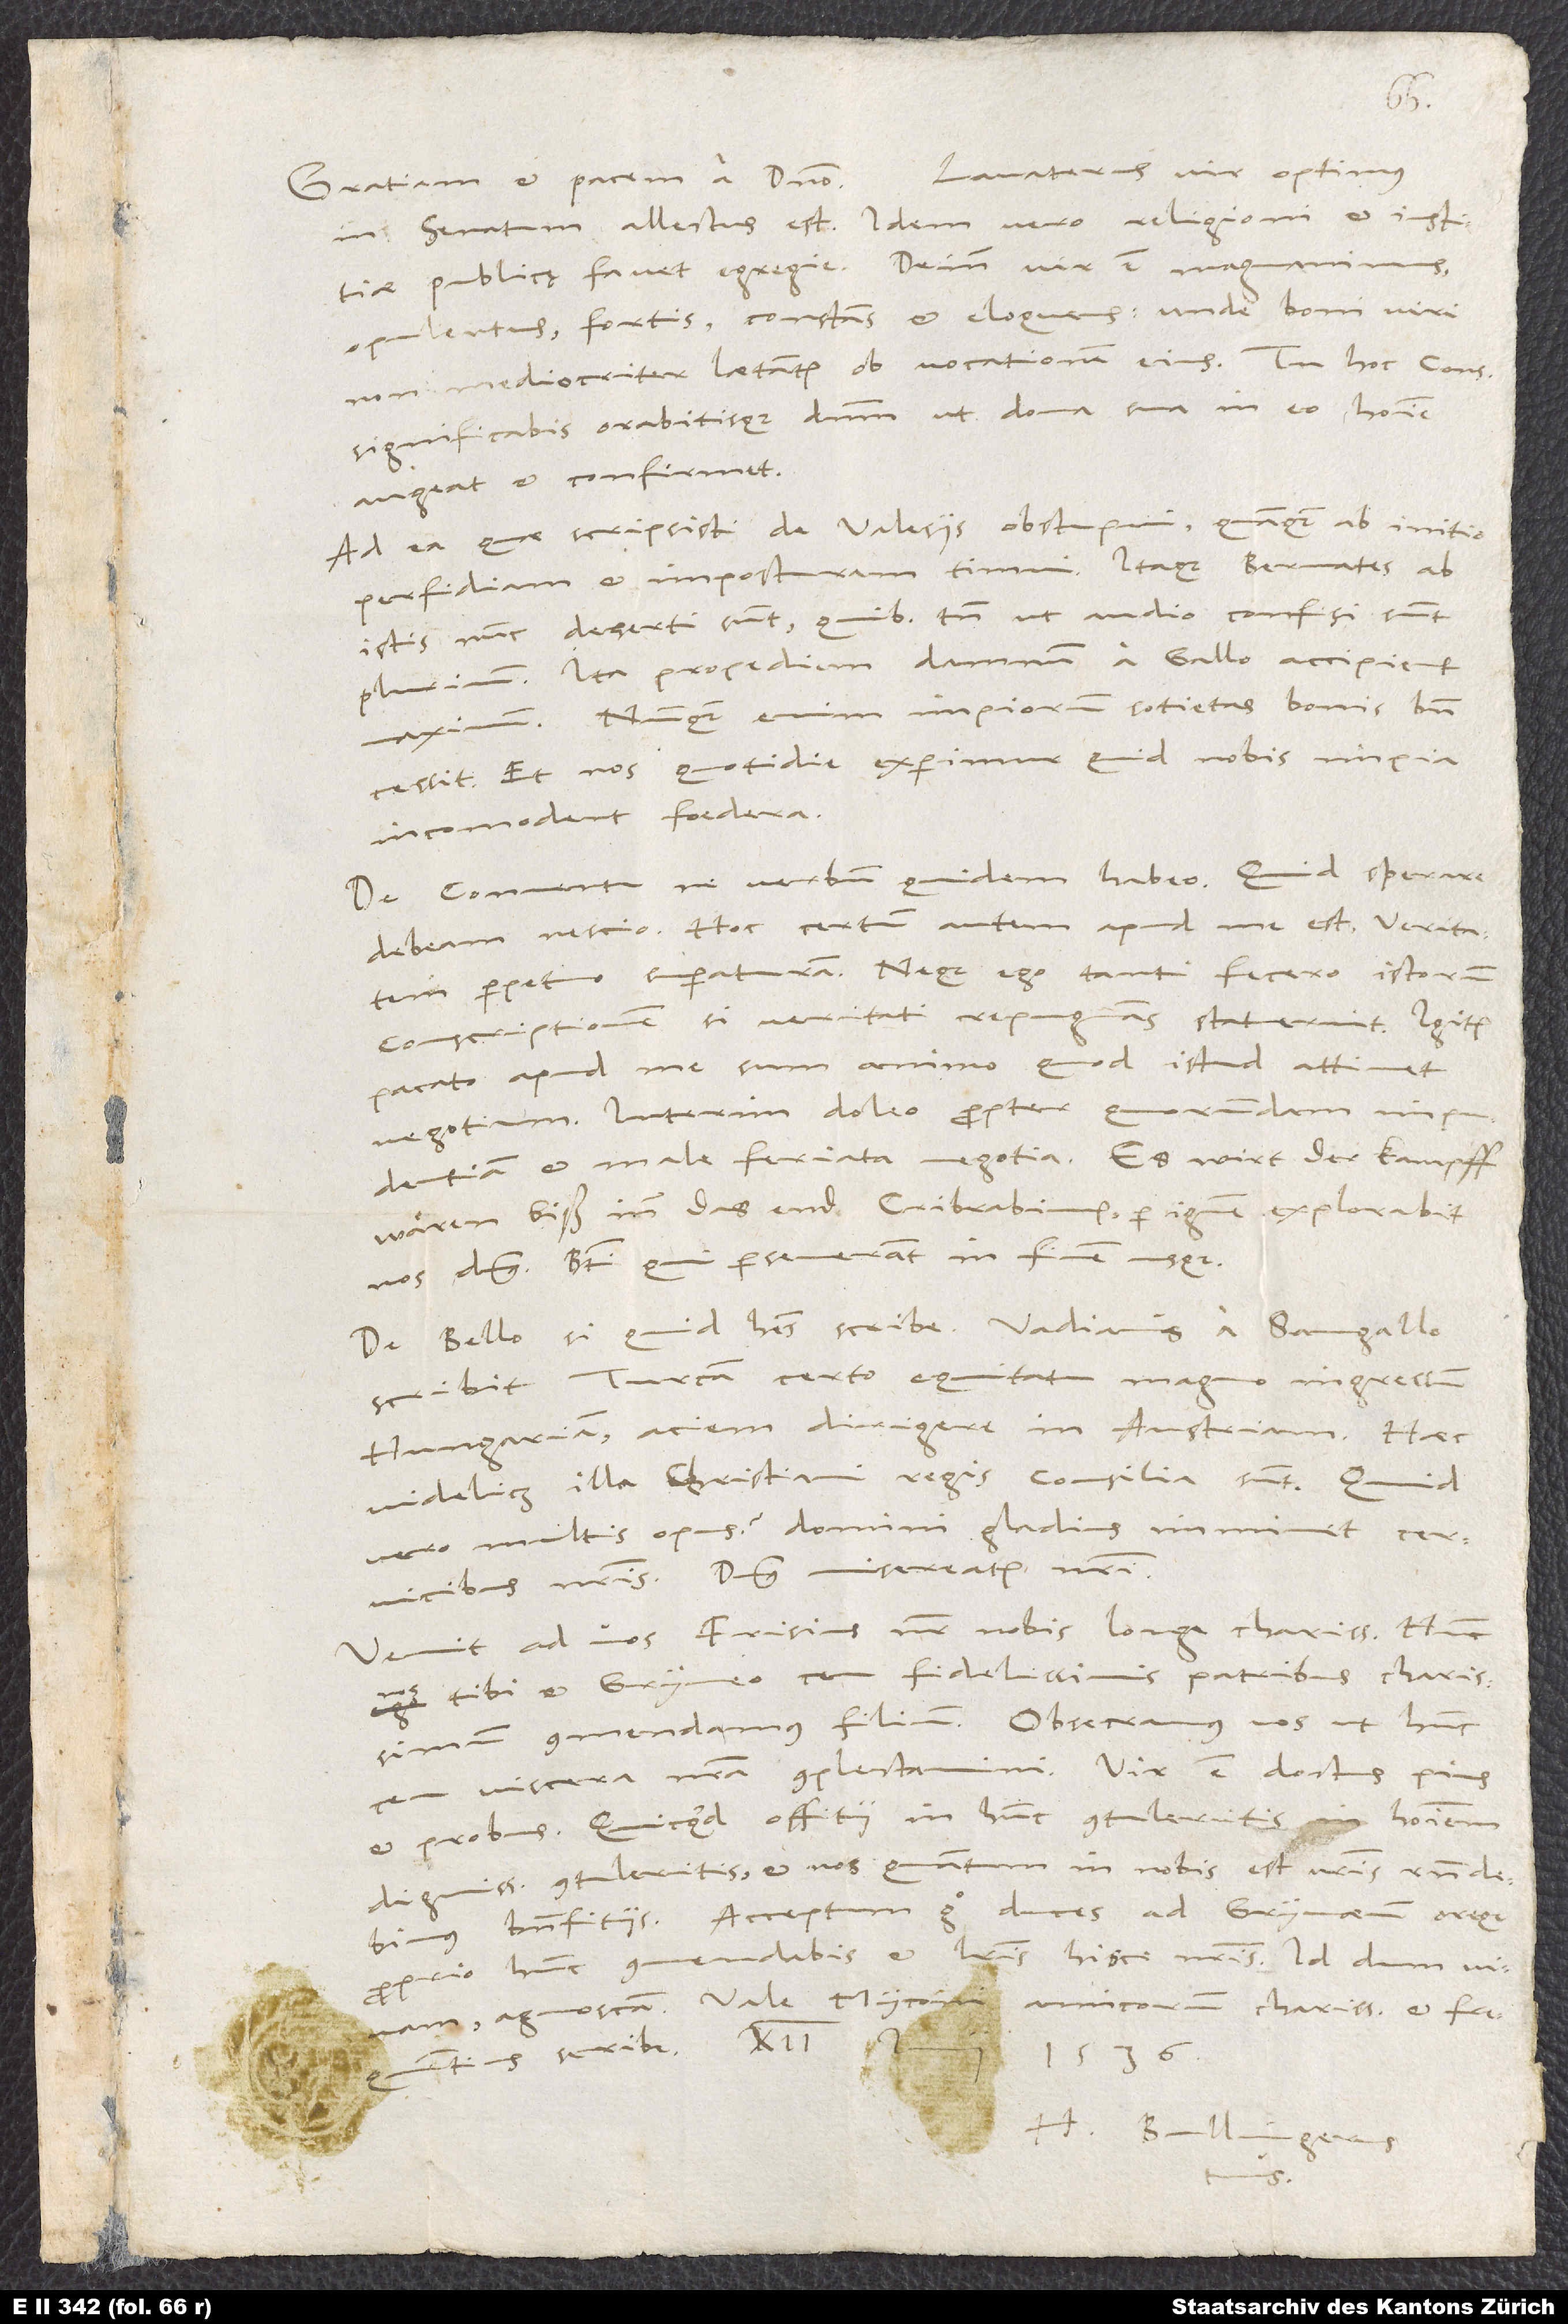
in senatum allectus est. Idem vero religioni et iustitiae
publicę favet egregie. Deinde vir est magnanimus,
opulentus, fortis, constans et eloquens; unde boni viii
non mediocriter laetantur ob vocationem eius. Tu hoc consuli
significabis, orabitisque dominum, ut dona sua in eo homine
augeat et confirmet.
Ad ea, quae scripsisti de Valesiis, obstupui, quanquam ab initio
perfidiam et imposturam timui. Itaque Bernates ab
istis nunc deserti sunt, quibus tamen, ut audio, confisi sunt
plurimum. Ita propediem damnum a Gallo accipient
maximum. Nunquam enim impiorum societas bonis bene
cessit. Et nos quotidie experimur, quid nobis impia
incomodent foedera.
De conventu ne verbum quidem habeo. Quid sperare
debeam, nescio. Hoc certum autem apud me est, veritatem
perpetuo superaturam. Neque ego tanti fecero istorum
conscriptionem, si veritati repugnans statuerint. Igitur
pacato apud me sum animo, quod istud attinet
negotium. Interim doleo propter quorundam impudentiam
et male feriata negotia. Es wirt der kampff
wären biß inn das end. Cribrabimur, per ignem explorabit
nos dominus. Beati, qui perseverant in finem usque.
De bello si quid habes, scribe. Vadianus a Sangallo
scribit Turcam certo equitatu magno ingressum
Hungariam, aciem dirigere in Austriam. Haec
videlicet illa christiani regis consilia sunt. Quid
vero multis opus? Domini gladius Imminet
cervicibus nostris. Dominus misereatur nostri.
Venit ad vos Frisius noster nobis longe charissimus. Hunc
tibi et Gryneo ceu fidelissimis patribus charissimum
Commendamus filium. Obsecramus vos, ut hunc
viscera nostra complectamini. Vir est doctus, Pius
et probus. Quicquid offitii in hunc contuleritis, in hominem
dignissimum contuleritis, et nos, quantum in nobis est, vestris respondebimus
benefitiis. Acceptum ergo duces ad Grynaeum oreque
proprio hunc commendabis et literis hisce nostris. Id, dum vivam,
H. Bullingerus